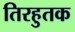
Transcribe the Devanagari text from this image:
तिरहुतक